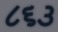
૮૬૩